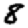
Digit: 8